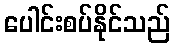
ပေါင်းစပ်နိုင်သည်